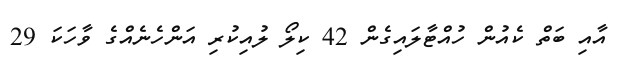
އާއި ބަތް ކެއުން ހުއްޓާލައިގެން 42 ކިލޯ ލުއިކުރި އަންހެނެއްގެ ވާހަކަ 29